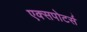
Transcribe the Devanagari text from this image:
एक्सपोटर्स